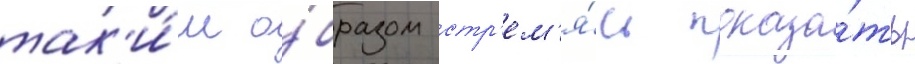
так'и́м о́бразом стр'ем'я́сь показа́ть